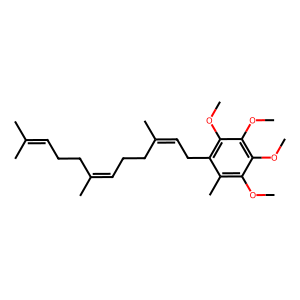
SMILES: COc1c(C)c(CC=C(C)CCC=C(C)CCC=C(C)C)c(OC)c(OC)c1OC
Inhibits HIV replication: No